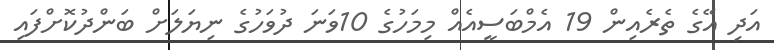
އަދި އޭގެ ތެރެއިން 19 އެމްބަސީއެއް މިމަހުގެ 10ވަނަ ދުވަހުގެ ނިޔަލަށް ބަންދުކޮށްފައި